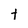
Character: t